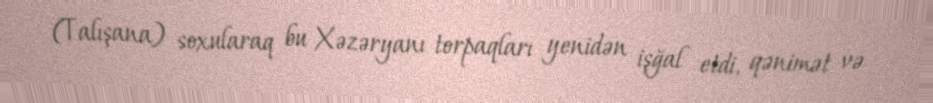
(Talışana) soxularaq bu Xəzəryanı torpaqları yenidən işğal etdi, qənimət və